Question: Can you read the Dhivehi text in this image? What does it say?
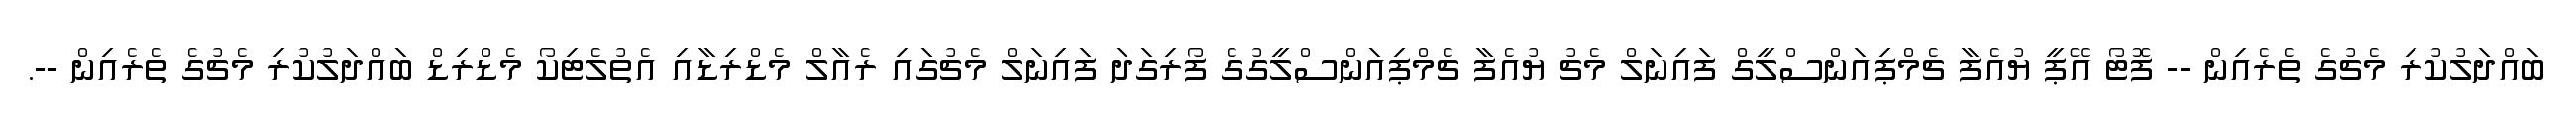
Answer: ބައްދަލުކުރި މެޗުގެ ތެރެއިން -- ފޮޓޯ އޭޕީ ޔުއެފާ ޗެމްޕިއަންސްލީގް ފައިނަލް މެޗު ޔުއެފާ ޗެމްޕިއަންސްލީގުގެ ފޯރިގަދަ ފައިނަލް މެޗުގައި ރެއާލް މެޑްރިޑާއި އެތުލެޓިކޯ މެޑްރިޑް ބައްދަލުކުރި މެޗުގެ ތެރެއިން --.